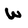
Character: W